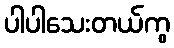
ပါပါသေးတယ်ကွ